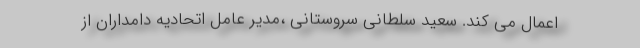
اعمال می کند. سعید سلطانی سروستانی ،مدیر عامل اتحادیه دامداران از